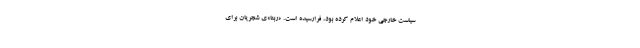
سیاست خارجی خود اعلام کرده بود، فرارسیده است. «ربّنا»ی شجریان برای